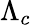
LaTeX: \Lambda_{c}